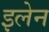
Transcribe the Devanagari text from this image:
इलेन